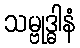
သမ္ဗုဒ္ဓါနံ